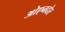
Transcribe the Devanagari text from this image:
ओएनदोर